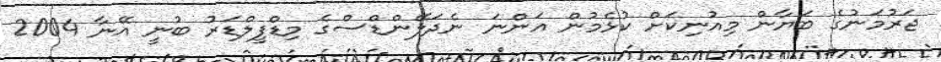
ޖަރުމަނުގެ ބަޔާން މިއުނިކަށް ކުޅެމުން އަންނަ ނެދަލޭންޑްސްގެ މިޑްފީލްޑަރު ބުނީ އޭނާ 2004